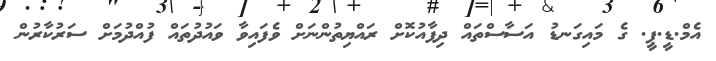
އެމް.ޑީ.ޕީ. ގެ މައިގަނޑު އަސާސްތައް ދިފާއުކޮށް ރައްޔިތުންނަށް ވެފައިވާ ވައުދުތައް ފުއްދުމަށް ސަރުކާރުން